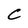
Character: C